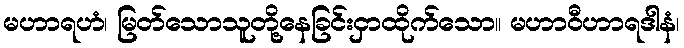
မဟာရဟံ၊ မြတ်သောသူတို့နေခြင်းငှာထိုက်သော။ မဟာဝီဟာရဒါနံ၊